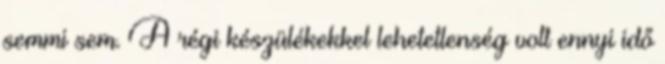
semmi sem. A régi készülékekkel lehetetlenség volt ennyi idő